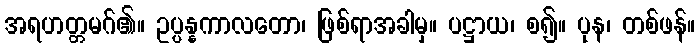
အရဟတ္တမဂ်၏။ ဥပ္ပန္နကာလတော၊ ဖြစ်ရာအခါမှ။ ပဋ္ဌာယ၊ စ၍။ ပုန၊ တစ်ဖန်။